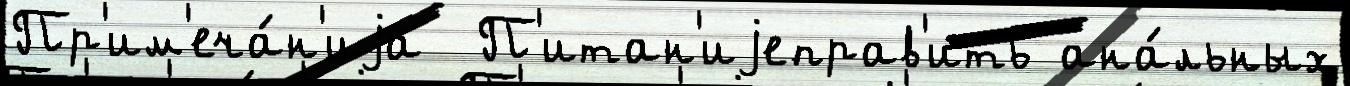
Пр'им'еча́н'иjа  П'итан'иjеправ'ить ана́льных